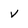
Character: v